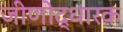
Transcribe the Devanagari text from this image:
जीणोद्धारक